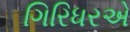
ગિરિધરએ